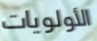
الأولويات